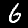
Label: 6